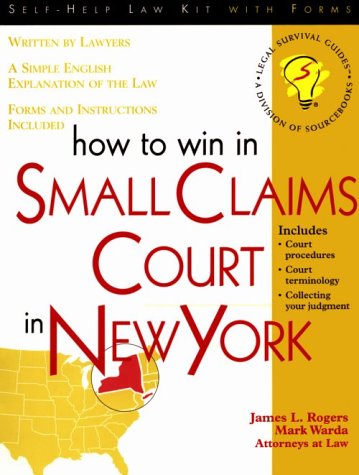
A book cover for How to Win in Small Claims Court in New York (Self-Help Law Kit With Forms); James L. Rogers; Law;